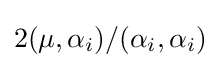
2(\mu ,\alpha _{i})/(\alpha _{i},\alpha _{i})